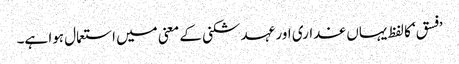
’فسق‘ کا لفظ یہاں غداری اور عہد شکنی کے معنی میں استعمال ہوا ہے۔